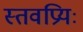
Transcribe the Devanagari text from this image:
स्तवप्रियः